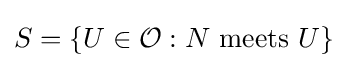
S=\{U\in {\mathcal {O}}:N{\text{ meets }}U\}